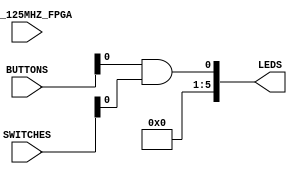
`timescale 1ns / 1ps

module z1top(
  input CLK_125MHZ_FPGA,
  input [3:0] BUTTONS,
  input [1:0] SWITCHES,
  output [5:0] LEDS
);
  and(LEDS[0], BUTTONS[0], SWITCHES[0]);
  assign LEDS[5:1] = 0;
endmodule